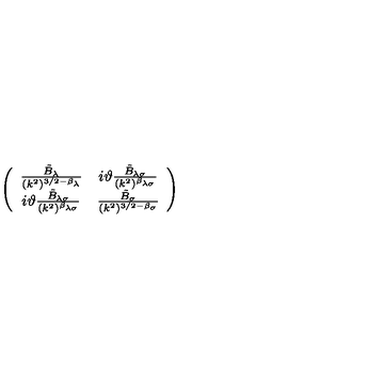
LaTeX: \left( \begin{array} { c c } { \frac { \tilde { B } _ { \lambda } } { ( k ^ { 2 } ) ^ { 3 / 2 - \beta _ { \lambda } } } } & { i \vartheta \frac { \tilde { B } _ { \lambda \sigma } } { ( k ^ { 2 } ) ^ { \beta _ { \lambda \sigma } } } } \\ { i \vartheta \frac { \tilde { B } _ { \lambda \sigma } } { ( k ^ { 2 } ) ^ { \beta _ { \lambda \sigma } } } } & { \frac { \tilde { B } _ { \sigma } } { ( k ^ { 2 } ) ^ { 3 / 2 - \beta _ { \sigma } } } } \\ \end{array} \right)